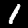
Label: 1